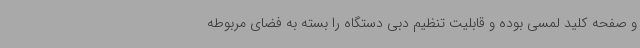
و صفحه کلید لمسی بوده و قابلیت تنظیم دبی دستگاه را بسته به فضای مربوطه